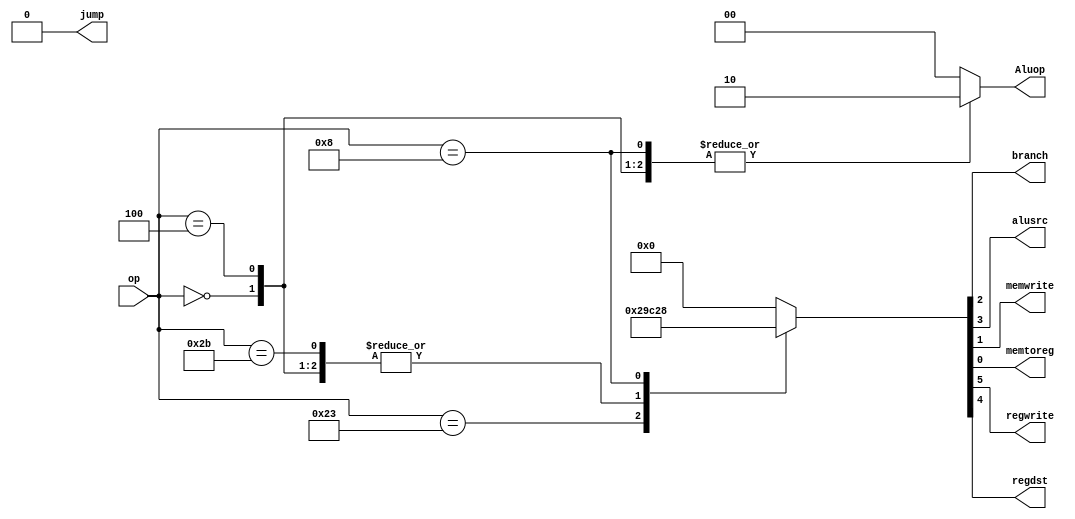
`timescale 1ns / 1ps
//////////////////////////////////////////////////////////////////////////////////
// Company: 
// Engineer: 
// 
// Design Name: 
// Module Name: Main_decoder
// Project Name: 
// Target Devices: 
// Tool Versions: 
// Description: 
// 
// Dependencies: 
// 
// Revision:
// Revision 0.01 - File Created
// Additional Comments:
// 
//////////////////////////////////////////////////////////////////////////////////

module main_decoder(
    input wire [5:0]     op,
    output wire          jump,
    output wire          branch,
    output wire          alusrc,
    output wire          memwrite,
    output wire          memtoreg,
    output wire          regwrite,
    output wire          regdst,
    output wire [1:0]    Aluop
);

reg [1:0]                aluop_reg;
reg [6:0]                signal;

assign  Aluop = aluop_reg;
assign  {jump, regwrite, regdst, alusrc, branch, memwrite, memtoreg} = signal;

always @(*) begin
    case (op)
    6'b000000: begin
        aluop_reg<=2'b10;
        signal <= 7'b0110000;
    end
    6'b100011: begin
        aluop_reg<=2'b00;
        signal <= 7'b0101001;
    end
    6'b101011: begin
        aluop_reg<=2'b00;
        signal <= 7'b0110000;
    end
    6'b000100: begin
        aluop_reg<=2'b10;
        signal <= 7'b0110000;
    end
    6'b001000: begin
        aluop_reg<=2'b10;
        signal <= 7'b0101000;
    end
    default: begin
        aluop_reg = 2'b00;
        signal = 7'b0000000;
    end
endcase
end


endmodule